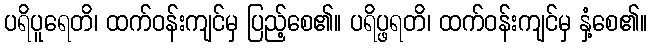
ပရိပူရေတိ၊ ထက်ဝန်းကျင်မှ ပြည့်စေ၏။ ပရိပ္ဖရတိ၊ ထက်ဝန်းကျင်မှ နှံ့စေ၏။